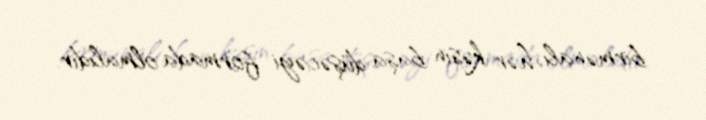
birmənalı, hər kəsin başa düşəcəyi formada olmalıdır.